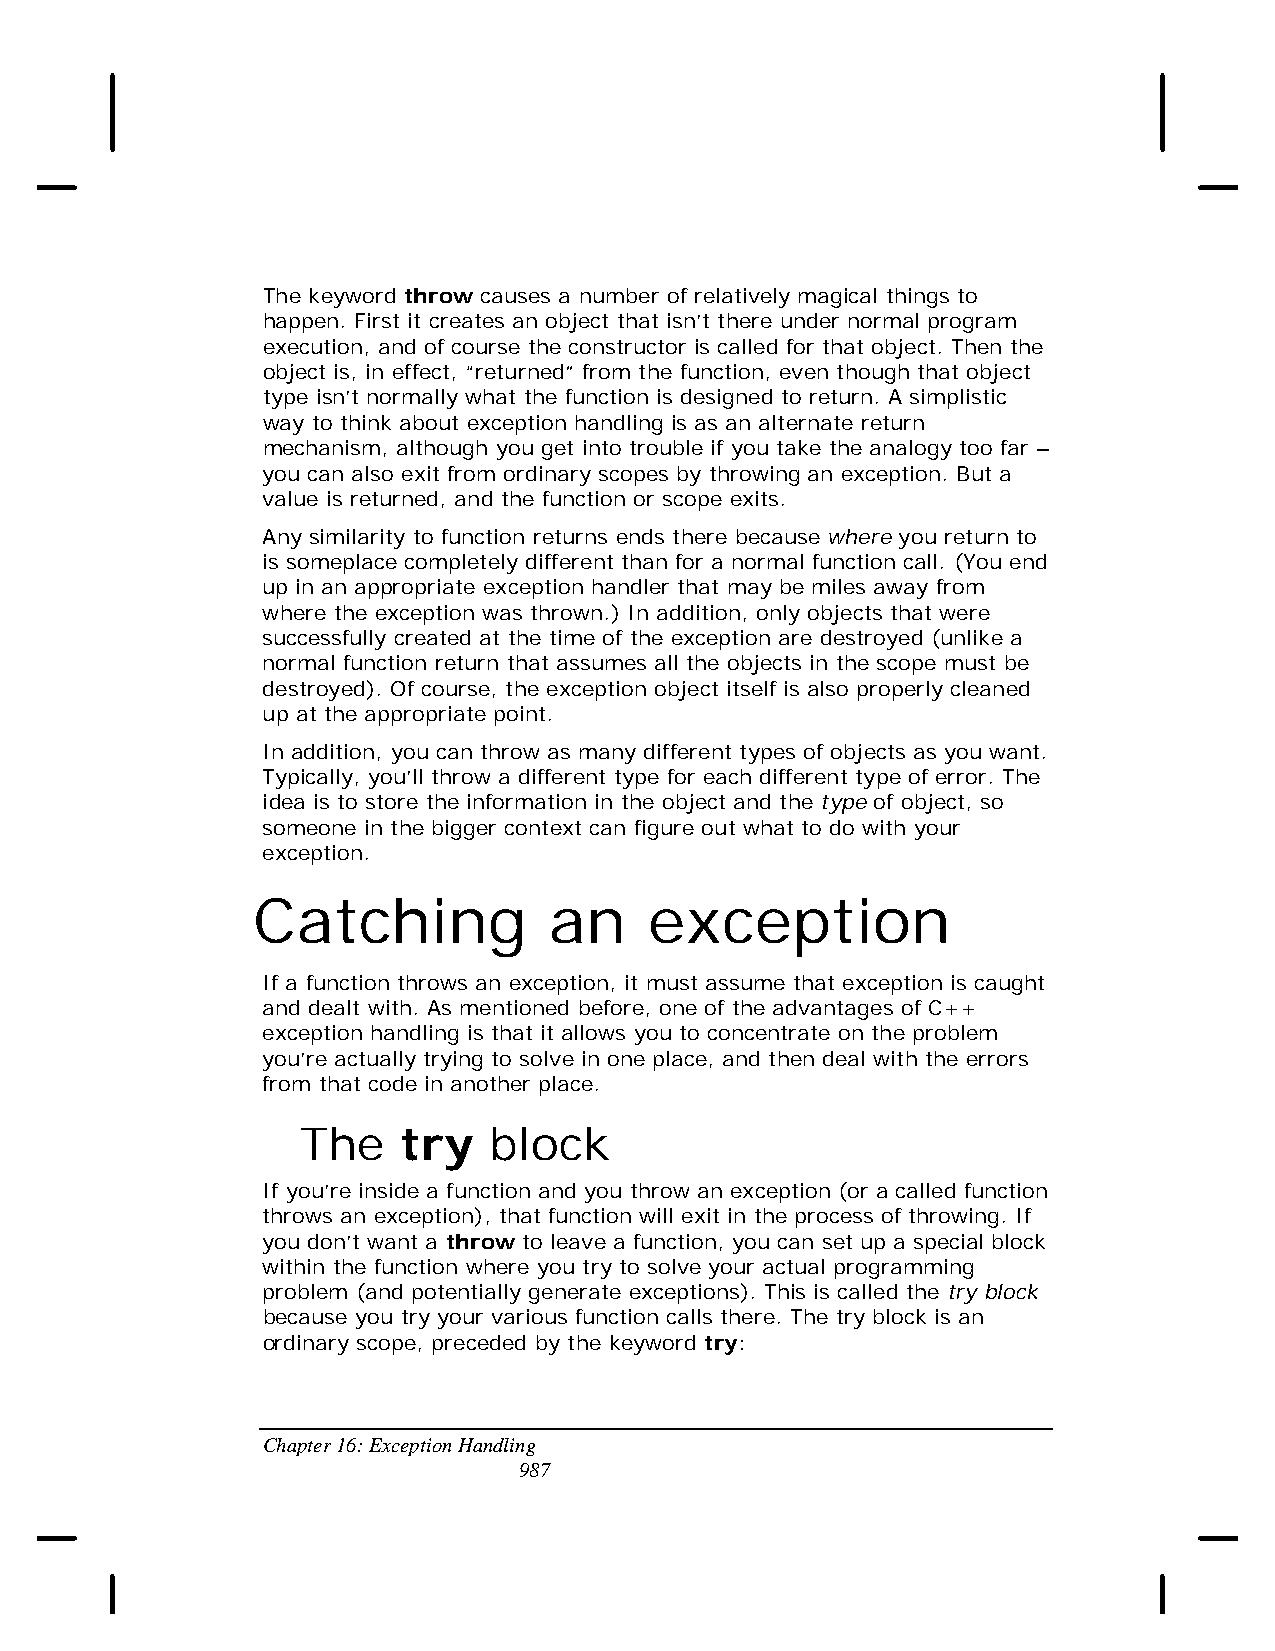
The keyword throw causes a number of relatively magical things to
 happen. First it creates an object that isn’t there under normal program
 execution, and of course the constructor is called for that object. Then the
 object is, in effect, “returned” from the function, even though that object
 type isn’t normally what the function is designed to return. A simplistic
 way to think about exception handling is as an alternate return
 mechanism, although you get into trouble if you take the analogy too far –
 you can also exit from ordinary scopes by throwing an exception. But a
 value is returned, and the function or scope exits.
 Any similarity to function returns ends there because where you return to
 is someplace completely different than for a normal function call. (You end
 up in an appropriate exception handler that may be miles away from
 where the exception was thrown.) In addition, only objects that were
 successfully created at the time of the exception are destroyed (unlike a
 normal function return that assumes all the objects in the scope must be
 destroyed). Of course, the exception object itself is also properly cleaned
 up at the appropriate point.
 In addition, you can throw as many different types of objects as you want.
 Typically, you’ll throw a different type for each different type of error. The
 idea is to store the information in the object and the type of object, so
 someone in the bigger context can figure out what to do with your
 exception.
 Catching           an     exception
 If a function throws an exception, it must assume that exception is caught
 and dealt with. As mentioned before, one of the advantages of C++
 exception handling is that it allows you to concentrate on the problem
 you’re actually trying to solve in one place, and then deal with the errors
 from that code in another place.
 The    try  block
 If you’re inside a function and you throw an exception (or a called function
 throws an exception), that function will exit in the process of throwing. If
 you don’t want a throw to leave a function, you can set up a special block
 within the function where you try to solve your actual programming
 problem (and potentially generate exceptions). This is called the try block
 because you try your various function calls there. The try block is an
 ordinary scope, preceded by the keyword try:
 Chapter 16: Exception Handling
 987